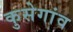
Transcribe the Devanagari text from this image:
कुसेगांव